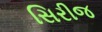
સિરીજ